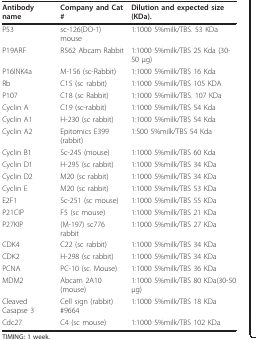
| Antibody name | Company and Cat # | Dilution and expected size (KDa). |
 | --- | --- | --- |
 | P53 | sc-126(DO-1) mouse | 1:1000 5%milk/TBS. 53 KDa |
 | P19ARF | R562 Abcam Rabbit | 1:1000 5%milk/TBS 25 Kda (30-50 μg) |
 | P16INK4a | M-156 (sc-Rabbit) | 1:1000 5%milk/TBS 16 Kda |
 | Rb | C15 (sc rabbit) | 1:1000 5%milk/TBS 105 KDA |
 | P107 | C18 (sc Rabbit) | 1:1000 5%milk/TBS. 107 KDa |
 | Cyclin A | C19 (sc-rabbit) | 1:1000 5%milk/TBS 54 Kda |
 | Cyclin A1 | H-230 (sc rabbit) | 1:1000 5%milk/TBS 54 Kda |
 | Cyclin A2 | Epitomics E399 (rabbit) | 1:500 5%milk/TBS 54 Kda |
 | Cyclin B1 | Sc-245 (mouse) | 1:1000 5%milk/TBS 60 Kda |
 | Cyclin D1 | H-295 (sc rabbit) | 1:1000 5%milk/TBS 34 KDa |
 | Cyclin D2 | M20 (sc rabbit) | 1:1000 5%milk/TBS 34 KDa |
 | Cyclin E | M20 (sc rabbit) | 1:1000 5%milk/TBS 53 KDa |
 | E2F1 | Sc-251 (sc mouse) | 1:1000 5%milk/TBS 55 KDa |
 | P21CIP | F5 (sc mouse) | 1:1000 5%milk/TBS 21 KDa |
 | P27KIP | (M-197) sc776 rabbit | 1:1000 5%milk/TBS 27 KDa |
 | CDK4 | C22 (sc rabbit) | 1:1000 5%milk/TBS 34 KDa |
 | CDK2 | H-298 (sc rabbit) | 1:1000 5%milk/TBS 34 KDa |
 | PCNA | PC-10 (sc. Mouse) | 1:1000 5%milk/TBS 36 KDa |
 | MDM2 | Abcam 2A10 (mouse) | 1:1000 5%milk/TBS 80 KDa(30-50 μg) |
 | Cleaved Casapse 3 | Cell sign (rabbit) #9664 | 1:1000 5%milk/TBS 18 KDa |
 | Cdc27 | C4 (sc mouse) | 1:1000 5%milk/TBS 102 KDa |